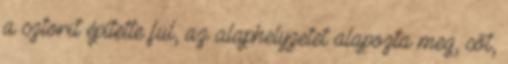
a sztorit építette fül, az alaphelyzetet alapozta meg, sőt,